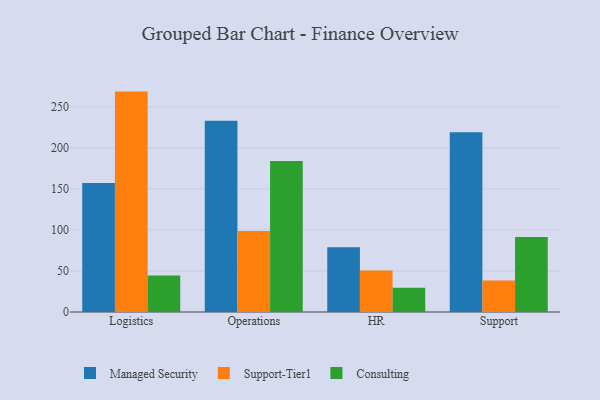
{"axis": {"x": "Department", "y": "Energy Usage (MWh)"}, "legend": ["Consulting", "Managed Security", "Support-Tier1"], "data": [{"x": "Logistics", "y": 157.2, "type": "Managed Security"}, {"x": "Logistics", "y": 268.5, "type": "Support-Tier1"}, {"x": "Logistics", "y": 44.5, "type": "Consulting"}, {"x": "Operations", "y": 233.0, "type": "Managed Security"}, {"x": "Operations", "y": 98.8, "type": "Support-Tier1"}, {"x": "Operations", "y": 184.1, "type": "Consulting"}, {"x": "HR", "y": 78.8, "type": "Managed Security"}, {"x": "HR", "y": 50.7, "type": "Support-Tier1"}, {"x": "HR", "y": 29.4, "type": "Consulting"}, {"x": "Support", "y": 219.1, "type": "Managed Security"}, {"x": "Support", "y": 38.5, "type": "Support-Tier1"}, {"x": "Support", "y": 91.4, "type": "Consulting"}]}